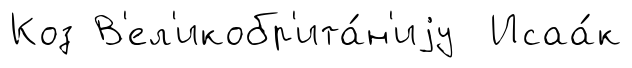
Коз В'ел'икобр'ита́н'иjу Исаа́к